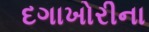
દગાખોરીના